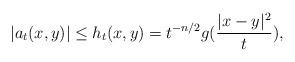
LaTeX: \begin{align*}|a_t(x,y)|\leq h_t(x,y)=t^{-n/2}g(\frac{|x-y|^2}{t}),\end{align*}